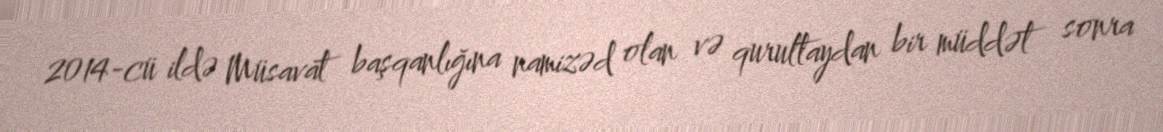
2014-cü ildə Müsavat başqanlığına namizəd olan və qurultaydan bir müddət sonra